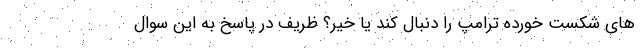
های شکست خورده ترامپ را دنبال کند یا خیر؟ ظریف در پاسخ به این سوال